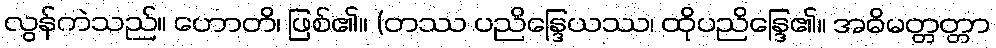
လွန်ကဲသည်။ ဟောတိ၊ ဖြစ်၏။ (တဿ ပညိန္ဒြေယဿ၊ ထိုပညိန္ဒြေ၏။ အဓိမတ္တတ္တာ